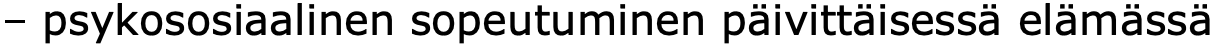
– psykososiaalinen sopeutuminen päivittäisessä elämässä